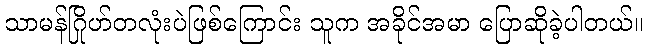
သာမန်ဂြိုဟ်တလုံးပဲဖြစ်ကြောင်း သူက အခိုင်အမာ ပြောဆိုခဲ့ပါတယ်။